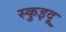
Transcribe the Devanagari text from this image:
स्कुइदू